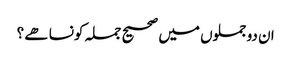
ان دو جملوں میں صحیح جملہ کونسا ھے ؟